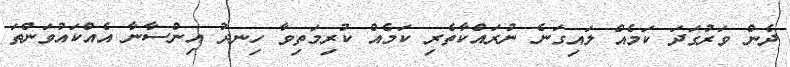
ދެން ވަރުގަދަ ކަމެއް ލައިގަނެ ނުރައްކާތެރި ކަމެއް ކުރިމަތިވާ ހިނދު އިންސާނާ އެއްކައުވަންތަ